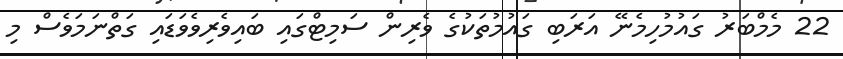
22 މެމްބަރު ގައުމުހިމެނޭ އަރަބި ގައުމުތަކުގެ ވެރިން ސަމިޓްގައި ބައިވެރިވެވަޑައި ގަތްނަމަވެސް މި